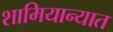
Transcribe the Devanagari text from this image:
शामियान्यात